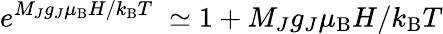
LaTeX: e^{M_{J}g_{J}\mu_{\mathrm{B}}H/k_{\mathrm{B}}T\; }\simeq 1+M_{J}g_{J}\mu_{\mathrm{B}}H/k_{\mathrm{B}}T